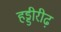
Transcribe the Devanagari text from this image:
हड्डीरीढ़